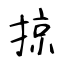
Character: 掠